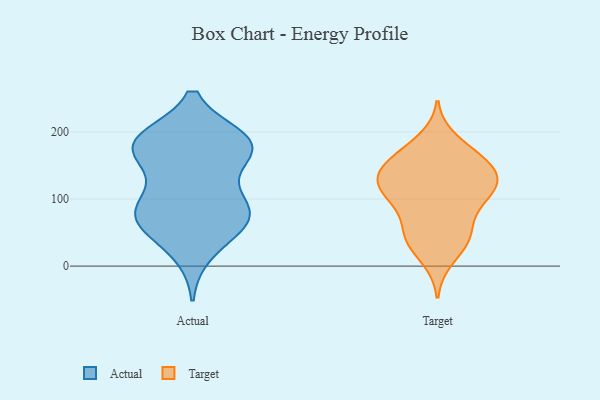
{"axis": {"x": "Latency (ms)", "y": "Value"}, "legend": ["Actual", "Target"], "data": [{"x": "", "y": 175, "type": "Actual"}, {"x": "", "y": 69, "type": "Actual"}, {"x": "", "y": 186, "type": "Actual"}, {"x": "", "y": 97, "type": "Actual"}, {"x": "", "y": 76, "type": "Actual"}, {"x": "", "y": 188, "type": "Actual"}, {"x": "", "y": 67, "type": "Actual"}, {"x": "", "y": 170, "type": "Actual"}, {"x": "", "y": 188, "type": "Actual"}, {"x": "", "y": 77, "type": "Actual"}, {"x": "", "y": 108, "type": "Actual"}, {"x": "", "y": 64, "type": "Actual"}, {"x": "", "y": 21, "type": "Actual"}, {"x": "", "y": 175, "type": "Actual"}, {"x": "", "y": 175, "type": "Actual"}, {"x": "", "y": 39, "type": "Target"}, {"x": "", "y": 158, "type": "Target"}, {"x": "", "y": 46, "type": "Target"}, {"x": "", "y": 86, "type": "Target"}, {"x": "", "y": 117, "type": "Target"}, {"x": "", "y": 91, "type": "Target"}, {"x": "", "y": 187, "type": "Target"}, {"x": "", "y": 12, "type": "Target"}, {"x": "", "y": 142, "type": "Target"}, {"x": "", "y": 121, "type": "Target"}, {"x": "", "y": 109, "type": "Target"}, {"x": "", "y": 50, "type": "Target"}, {"x": "", "y": 113, "type": "Target"}, {"x": "", "y": 127, "type": "Target"}, {"x": "", "y": 150, "type": "Target"}, {"x": "", "y": 128, "type": "Target"}, {"x": "", "y": 42, "type": "Target"}, {"x": "", "y": 169, "type": "Target"}, {"x": "", "y": 155, "type": "Target"}]}